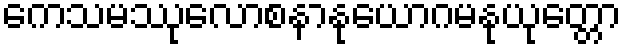
ကေသမဿုလောစနာနုယောဂမနုယုတ္တော